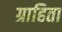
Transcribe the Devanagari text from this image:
ग्राहिता